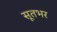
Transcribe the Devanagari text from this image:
सूतभर